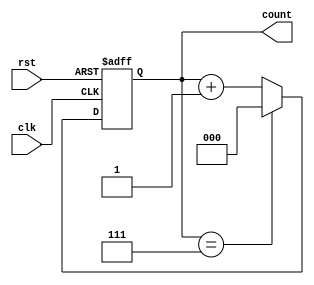
module binary_counter #(
    parameter WIDTH = 3 // Define the bit width of the counter (default is 3 bits)
)(
    input wire clk,       // Clock input
    input wire rst,       // Asynchronous reset input
    output reg [WIDTH-1:0] count // Count output
);

    // Always block triggered on the rising edge of the clock or when reset is asserted
    always @(posedge clk or posedge rst) begin
        if (rst) begin
            count <= 0; // Reset the count to 0
        end else begin
            if (count == (2**WIDTH - 1)) begin
                count <= 0; // Wrap around to 0 if maximum count is reached
            end else begin
                count <= count + 1; // Increment the count
            end
        end
    end

endmodule